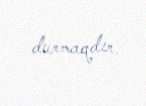
durmaqdır.